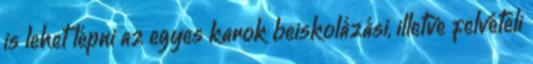
is lehet lépni az egyes karok beiskolázási, illetve felvételi